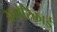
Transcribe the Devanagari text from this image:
अमेरिकाई